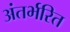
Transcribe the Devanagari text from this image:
अंतर्भरित